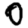
Digit: 0